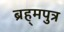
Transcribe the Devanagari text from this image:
ब्रह्‌मपुत्र